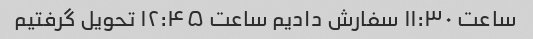
ساعت ۱۱:۳۰ سفارش دادیم ساعت ۱۲:۴۵ تحویل گرفتیم